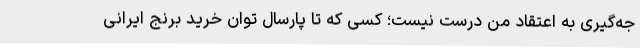
جه‌گیری به اعتقاد من درست نیست؛ کسی که تا پارسال توان خرید برنج ایرانی